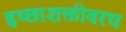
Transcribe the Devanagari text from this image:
इच्छाशक्तीवरच